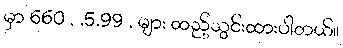
မှာ 660 , ,5.99 , များ ထည့်သွင်းထားပါတယ်။